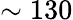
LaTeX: \sim 130